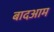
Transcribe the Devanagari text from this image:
बादआम